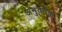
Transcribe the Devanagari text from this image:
अनुवर्तक